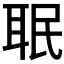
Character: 𦕛